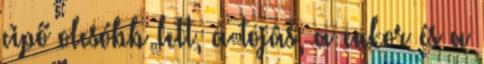
cipő olcsóbb lett, a tojás, a cukor és a